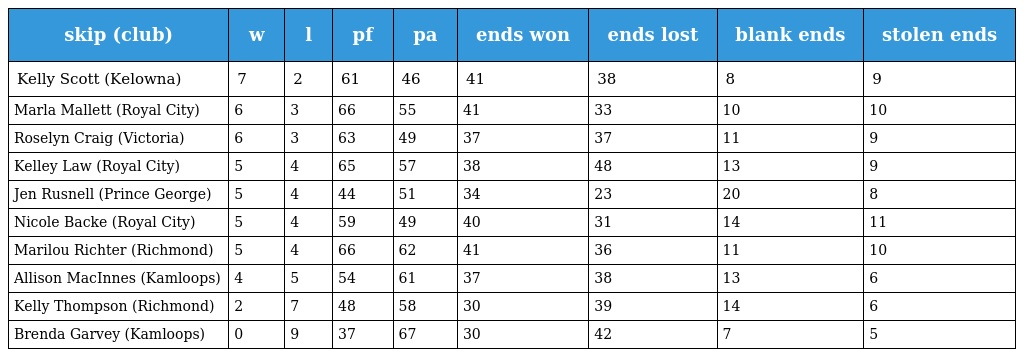
| skip (club) | w | l | pf | pa | ends won | ends lost | blank ends | stolen ends |
 | --- | --- | --- | --- | --- | --- | --- | --- | --- |
 | Kelly Scott (Kelowna) | 7 | 2 | 61 | 46 | 41 | 38 | 8 | 9 |
 | Marla Mallett (Royal City) | 6 | 3 | 66 | 55 | 41 | 33 | 10 | 10 |
 | Roselyn Craig (Victoria) | 6 | 3 | 63 | 49 | 37 | 37 | 11 | 9 |
 | Kelley Law (Royal City) | 5 | 4 | 65 | 57 | 38 | 48 | 13 | 9 |
 | Jen Rusnell (Prince George) | 5 | 4 | 44 | 51 | 34 | 23 | 20 | 8 |
 | Nicole Backe (Royal City) | 5 | 4 | 59 | 49 | 40 | 31 | 14 | 11 |
 | Marilou Richter (Richmond) | 5 | 4 | 66 | 62 | 41 | 36 | 11 | 10 |
 | Allison MacInnes (Kamloops) | 4 | 5 | 54 | 61 | 37 | 38 | 13 | 6 |
 | Kelly Thompson (Richmond) | 2 | 7 | 48 | 58 | 30 | 39 | 14 | 6 |
 | Brenda Garvey (Kamloops) | 0 | 9 | 37 | 67 | 30 | 42 | 7 | 5 |